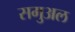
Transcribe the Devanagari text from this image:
समुअल